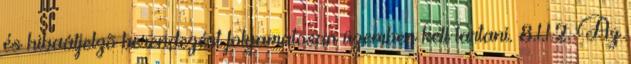
és hibaátjelzõ berendezést folyamatosan üzemben kell tartani. 8.1.1.2. Az